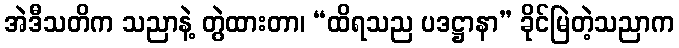
အဲဒီသတိက သညာနဲ့ တွဲထားတာ၊ “ထိရသည ပဒဋ္ဌာနာ” ခိုင်မြဲတဲ့သညာက